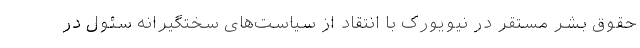
حقوق بشر مستقر در نیویورک با انتقاد از سیاست‌های سختگیرانه سئول در